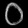
Digit: ၀